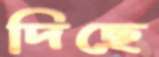
দিছে